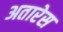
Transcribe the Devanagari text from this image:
अतारेस